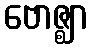
ဗောဇ္ဈာ